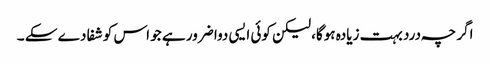
اگر چہ درد بہت زیادہ ہوگا، لیکن کوئی ایسی دوا ضرور ہے جو اس کو شفا دے سکے ۔